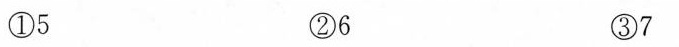
①5 ②6 ③7